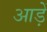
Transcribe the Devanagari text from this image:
आड़ें